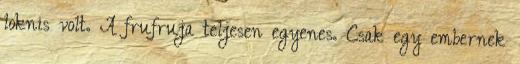
loknis volt. A frufruja teljesen egyenes. Csak egy embernek